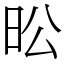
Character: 昖